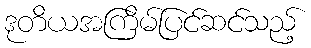
ဒုတိယအကြိမ်ပြင်ဆင်သည့်